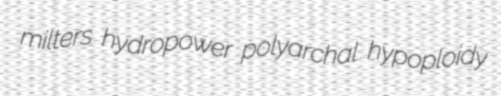
milters hydropower polyarchal hypoploidy